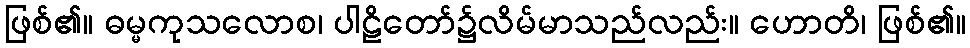
ဖြစ်၏။ ဓမ္မကုသလောစ၊ ပါဠိတော်၌လိမ်မာသည်လည်း။ ဟောတိ၊ ဖြစ်၏။